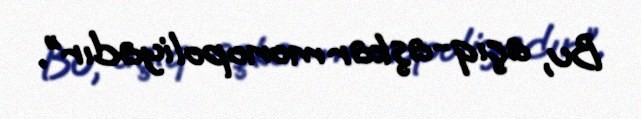
Bu, açıq-aşkar monopoliyadır”.